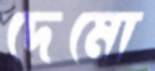
দেমো